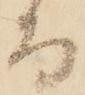
而